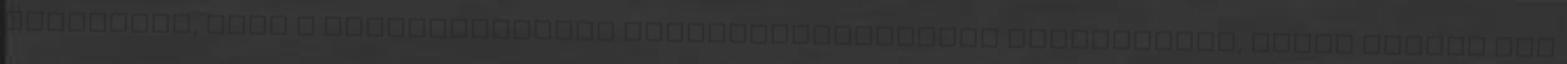
szeretnéd, hogy a szobanövényeid megállíthatatlanul burjánzanak, akkor tegyél egy